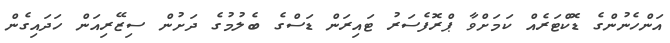
އަންހެނުންގެ ޑޮކްޓަރެއް ކަމަށްވާ ޕްރޮފެސަރު ޓައިރަން ޑަސްގެ ބެލުމުގެ ދަށުން ސިޒޭރިއަން ހަދައިގެން